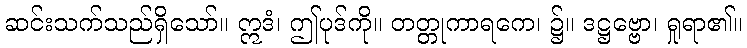
ဆင်းသက်သည်ရှိသော်။ ဣဒံ၊ ဤပုဒ်ကို။ တတ္တုကာရကေ၊ ၌။ ဒဋ္ဌဗ္ဗော၊ ရှုရာ၏။